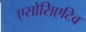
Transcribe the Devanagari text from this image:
एसोसिएटिव